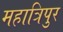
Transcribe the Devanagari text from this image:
महात्रिपुर